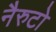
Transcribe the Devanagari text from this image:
नैरुटो